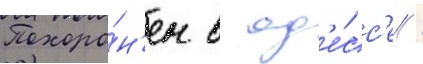
Похоро́н'ен в од'е́сс'е /